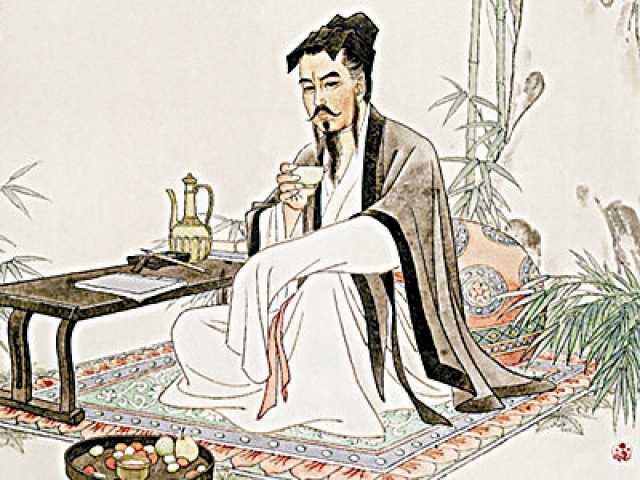
不耻不若人，何若人有？